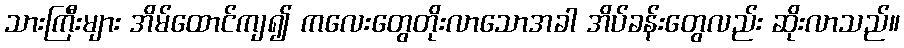
သားကြီးများ အိမ်ထောင်ကျ၍ ကလေးတွေတိုးလာသောအခါ အိပ်ခန်းတွေလည်း ဆိုးလာသည်။